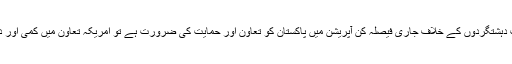
چنانچہ ایک ایسے موقع پر جب دہشتگردوں کے خلاف جاری فیصلہ کن آپریشن میں پاکستان کو تعاون اور حمایت کی ضرورت ہے تو امریکہ تعاون میں کمی اور دباﺅ میں اضافہ کئے ہوئے ہے۔